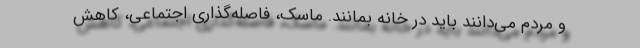
و مردم می‌دانند باید در خانه بمانند. ماسک، فاصله‌گذاری اجتماعی، کاهش